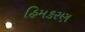
હિમકરણ